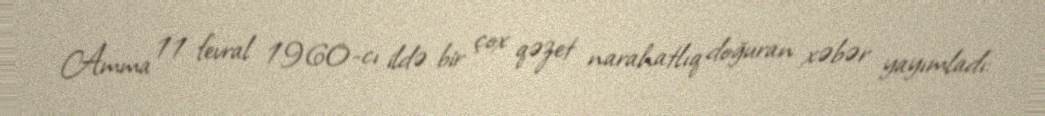
Amma 11 fevral 1960-cı ildə bir çox qəzet narahatlıq doğuran xəbər yayımladı: